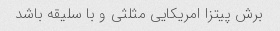
برش پیتزا امریکایی مثلثی و با سلیقه باشد